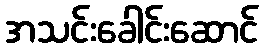
အသင်းခေါင်းဆောင်